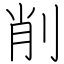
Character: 削